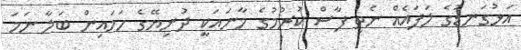
އަޅުގަނޑުގެ ލަފައެއް ނެތި ފާސް ކުރުމުގެ މާނައަކީ ދުނިޔޭގެ ހަމައިން ބަލާ ނަމަ